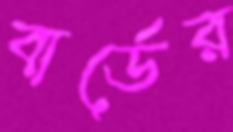
বার্ডের